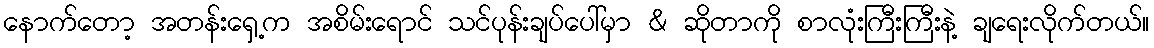
နောက်တော့ အတန်းရှေ့က အစိမ်းရောင် သင်ပုန်းချပ်ပေါ်မှာ & ဆိုတာကို စာလုံးကြီးကြီးနဲ့ ချရေးလိုက်တယ်။